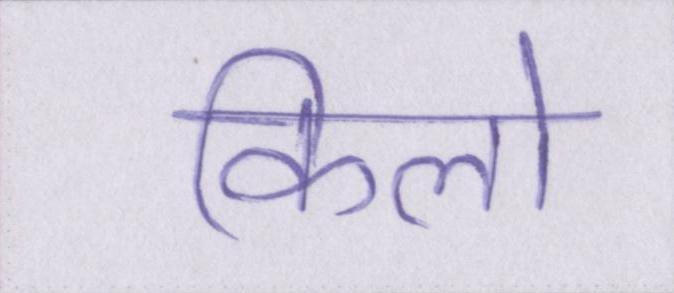
किलो